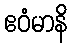
ဧဝံမာနိ